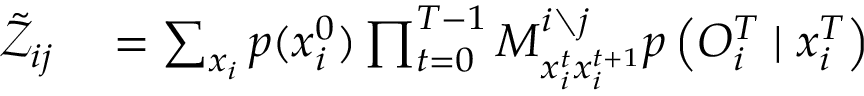
\begin{array} { r l } { \tilde { \mathcal { Z } } _ { i j } } & { { } = \sum _ { \boldsymbol { x } _ { i } } p ( x _ { i } ^ { 0 } ) \prod _ { t = 0 } ^ { T - 1 } M _ { x _ { i } ^ { t } x _ { i } ^ { t + 1 } } ^ { i \setminus j } p \left( O _ { i } ^ { T } \mid x _ { i } ^ { T } \right) } \end{array}